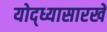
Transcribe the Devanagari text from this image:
योद्ध्यासारखे